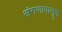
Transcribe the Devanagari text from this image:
अंगणापासून